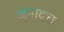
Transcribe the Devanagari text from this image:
जूनादत्त